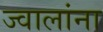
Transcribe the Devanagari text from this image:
ज्वालांना